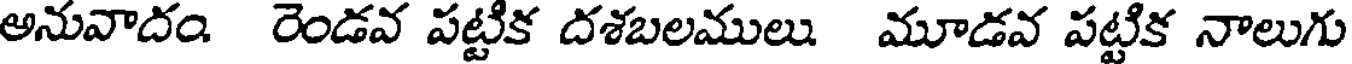
అనువాదం రెండవ పట్టిక దశబలములు మూడవ పట్టిక నాలుగు